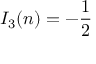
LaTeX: I _ { 3 } ( n ) = - { \frac { 1 } { 2 } }